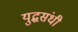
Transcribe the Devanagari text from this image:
युद्धसंधी